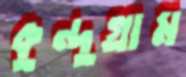
কুন্দুগ্রাম